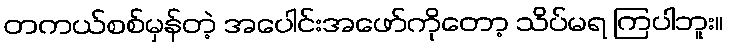
တကယ်စစ်မှန်တဲ့ အပေါင်းအဖော်ကိုတော့ သိပ်မရ ကြပါဘူး။